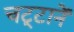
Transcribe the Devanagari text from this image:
चट्‍टानें